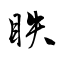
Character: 眣